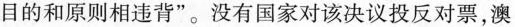
目的和原则相违背”。没有国家对该决议投反对票，澳